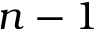
n - 1